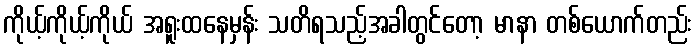
ကိုယ့်ကိုယ့်ကိုယ် အရူးထနေမှန်း သတိရသည့်အခါတွင်တော့ မာနာ တစ်ယောက်တည်း